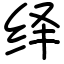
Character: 绎